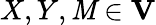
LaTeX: X,Y,\mathit{M}\in\mathbf{{V}}